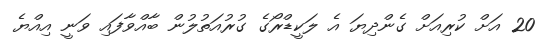
20 އަށް ކުރިއަށް ގެންދިޔަ އެ ލަކީޑްރޯގެ ގުރުއަތުލުން ބާއްވާފައި ވަނީ އިއްޔެ